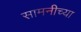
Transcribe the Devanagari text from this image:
सामनीच्या